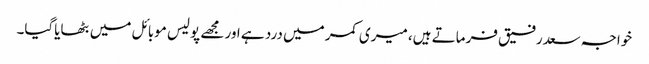
خواجہ سعدرفیق فرماتے ہیں، میری کمر میں درد ہے اور مجھے پولیس موبائل میں بٹھایاگیا۔